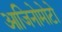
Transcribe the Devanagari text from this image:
आजिनोमोटो